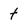
Character: t